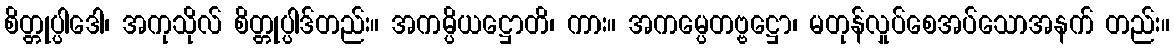
စိတ္တုပ္ပါဒေါ၊ အကုသိုလ် စိတ္တုပ္ပါဒ်တည်း။ အကမ္ပိယဋ္ဌောတိ၊ ကား။ အကမ္ပေတဗ္ဗဋ္ဌော၊ မတုန်လှုပ်စေအပ်သောအနက် တည်း။